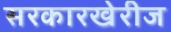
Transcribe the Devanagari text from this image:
सरकारखेरीज